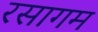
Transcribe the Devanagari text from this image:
रसागम